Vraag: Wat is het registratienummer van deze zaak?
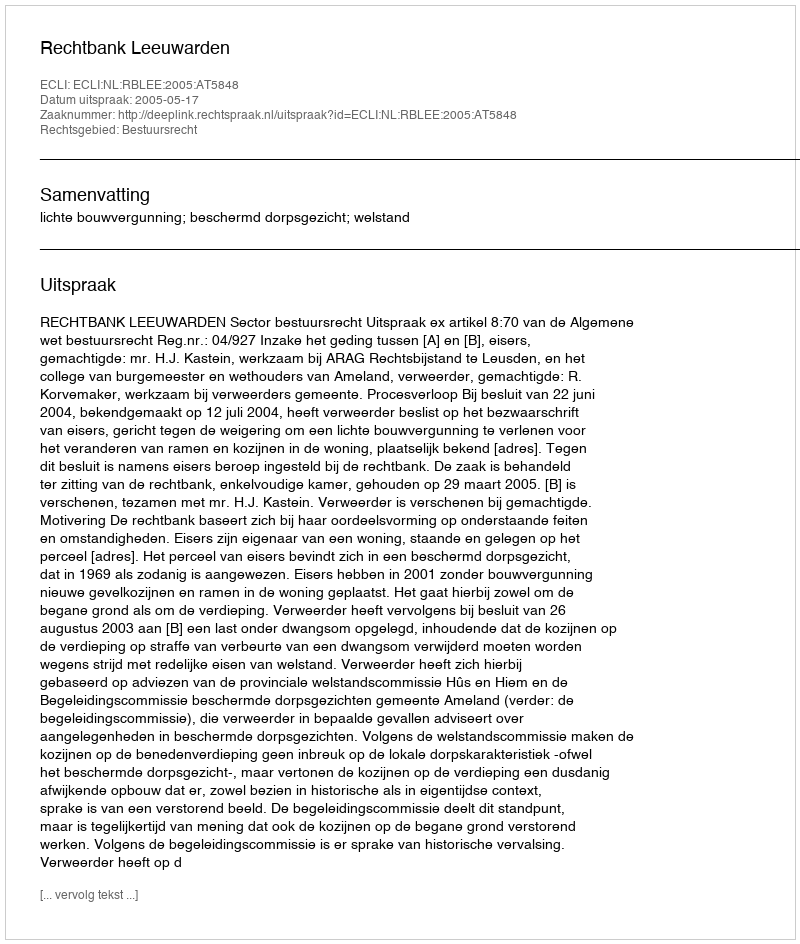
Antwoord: http://deeplink.rechtspraak.nl/uitspraak?id=ECLI:NL:RBLEE:2005:AT5848